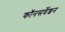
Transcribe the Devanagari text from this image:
कॉनसर्वेशन